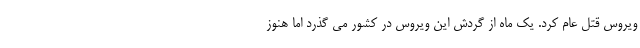
ویروس قتل عام کرد. یک ماه از گردش این ویروس در کشور می گذرد اما هنوز